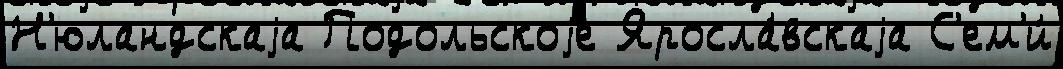
Н'юландскаjа Подольскоjе Яросла́вскаjа С'ем'и́